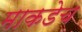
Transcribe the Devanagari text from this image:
माकडेच